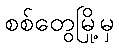
စစ်တွေမြို့မှ